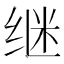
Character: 继